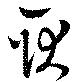
耿